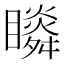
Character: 𥌌